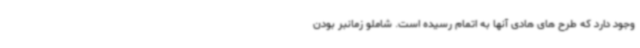
وجود دارد که طرح های هادی آنها به اتمام رسیده است. شاملو زمانبر بودن